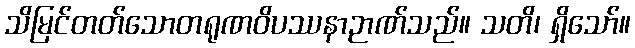
သိမြင်တတ်သောတရုဏဝိပဿနာဉာဏ်သည်။ သတိ၊ ရှိသော်။